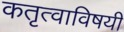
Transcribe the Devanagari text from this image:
कतृत्वाविषयी